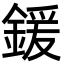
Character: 鍰